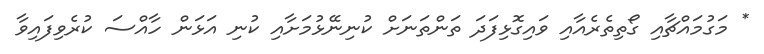
* މަގުމައްޗާއި ގޯތިތެރެއާއި ވައިގޮޅިފަދަ ތަންތަނަށް ކުނިނޭޅުމަށާއި ކުނި އަޅަން ހާއްސަ ކުރެވިފައިވާ